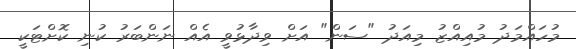
މުހައްމަދު މުއިއްޒު މިއަދު "ސަން" އަށް ވިދާޅުވީ އެއް ނަންބަރު ކުނި ކޮށްޓަކީ